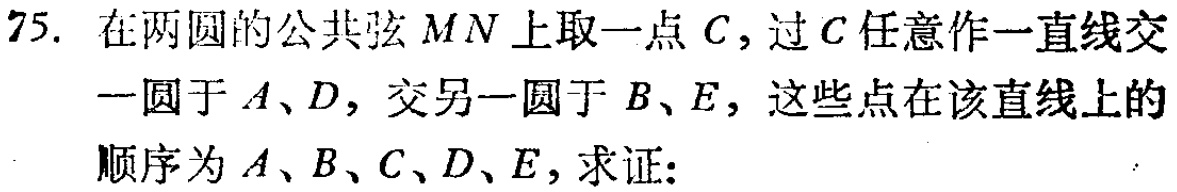
75. 在两圆的公共弦\(MN\)上取一点\(C\)，过\(C\)任意作一直线交一圆于\(A\)、\(D\)，交另一圆于\(B\)、\(E\)，这些点在该直线上的顺序为\(A\)、\(B\)、\(C\)、\(D\)、\(E\)，求证：